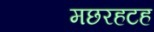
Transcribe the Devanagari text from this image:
मछरहटह